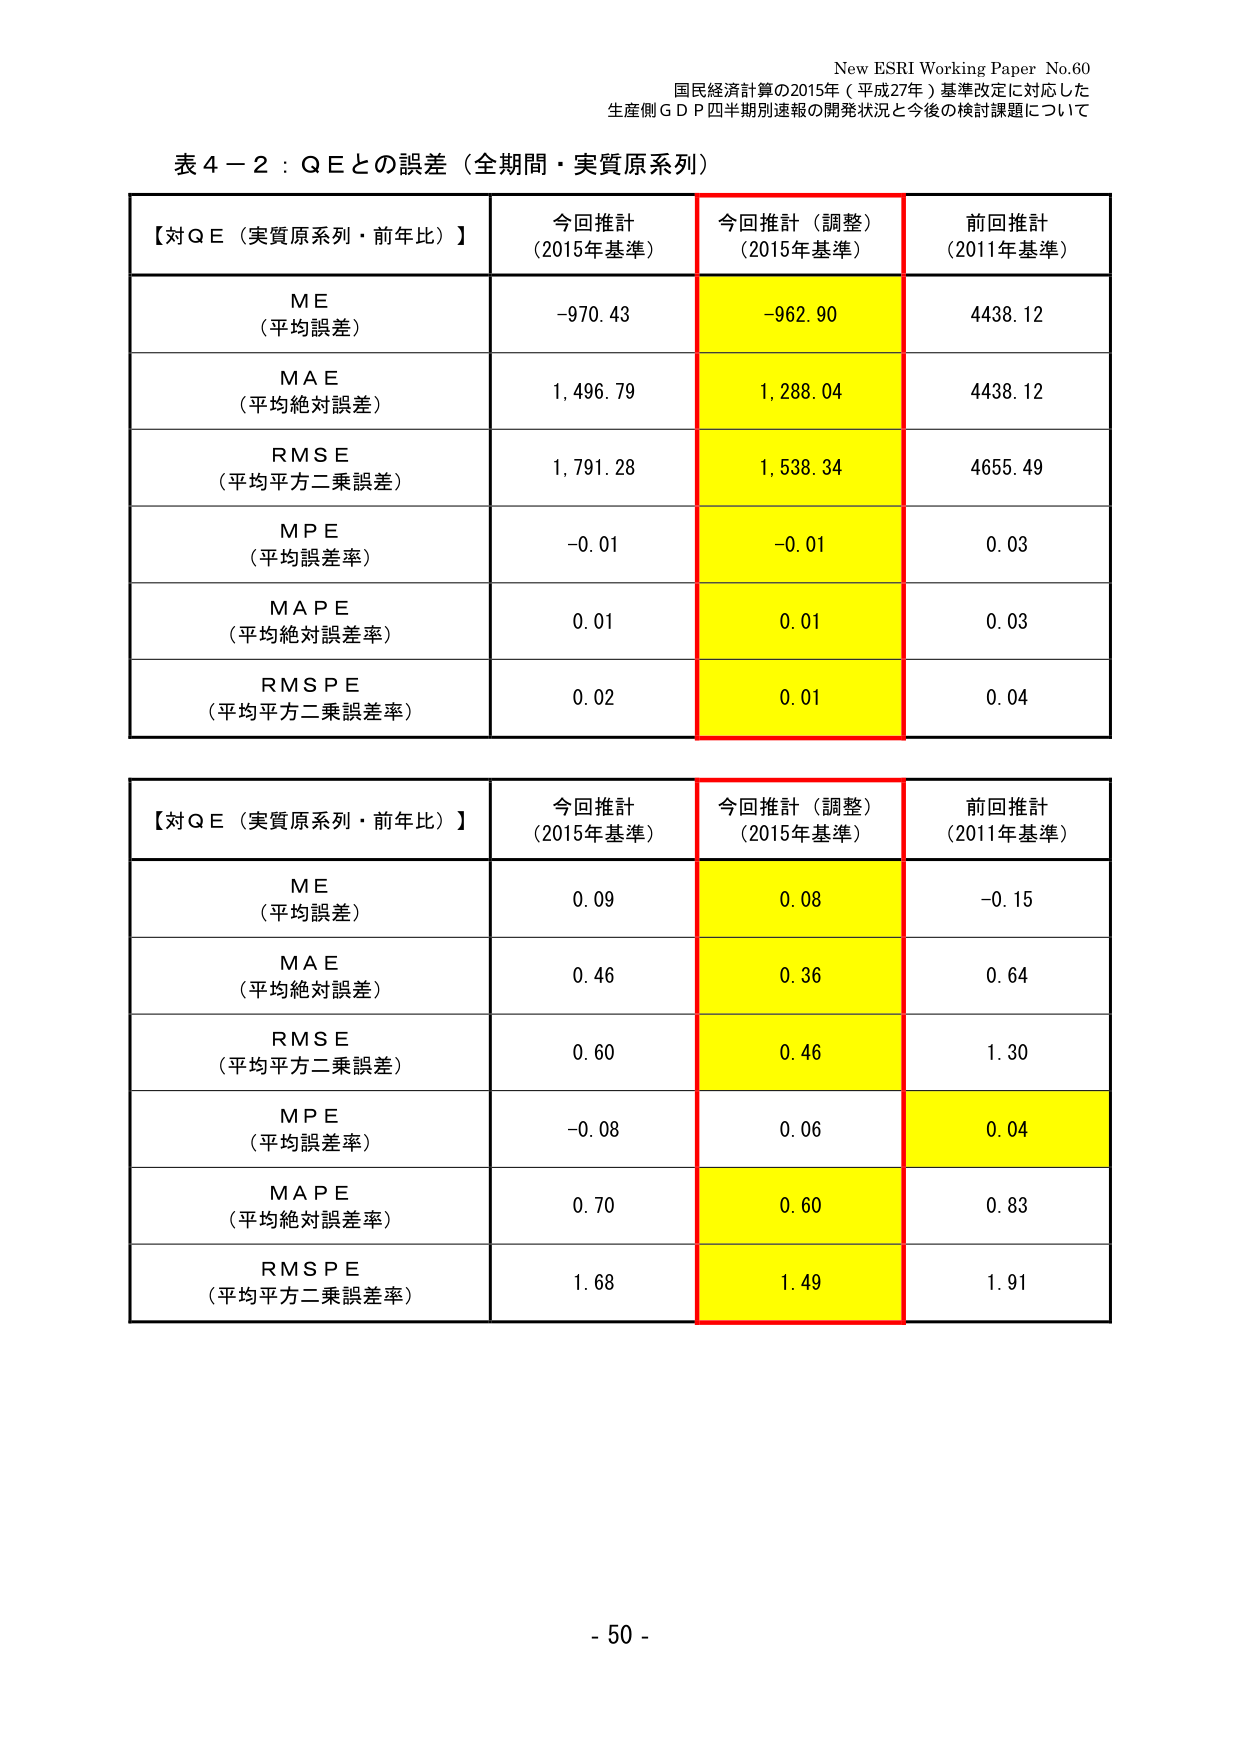
New ESRI Working Paper No.60
国民経済計算の2015年（平成27年）基準改定に対応した
生産側ＧＤＰ四半期別速報の開発状況と今後の検討課題について

表４－２：ＱＥとの誤差（全期間・実質原系列）

【対ＱＥ（実質原系列・前年比）】
今回推計
（2015年基準）
今回推計（調整）
（2015年基準）
前回推計
（2011年基準）

ＭＥ
（平均誤差）
-970.43
-962.90
4438.12

ＭＡＥ
（平均絶対誤差）
1,496.79
1,288.04
4438.12

ＲＭＳＥ
（平均平方二乗誤差）
1,791.28
1,538.34
4655.49

ＭＰＥ
（平均誤差率）
-0.01
-0.01
0.03

ＭＡＰＥ
（平均絶対誤差率）
0.01
0.01
0.03

ＲＭＳＰＥ
（平均平方二乗誤差率）
0.02
0.01
0.04

【対ＱＥ（実質原系列・前年比）】
今回推計
（2015年基準）
今回推計（調整）
（2015年基準）
前回推計
（2011年基準）

ＭＥ
（平均誤差）
0.09
0.08
-0.15

ＭＡＥ
（平均絶対誤差）
0.46
0.36
0.64

ＲＭＳＥ
（平均平方二乗誤差）
0.60
0.46
1.30

ＭＰＥ
（平均誤差率）
-0.08
0.06
0.04

ＭＡＰＥ
（平均絶対誤差率）
0.70
0.60
0.83

ＲＭＳＰＥ
（平均平方二乗誤差率）
1.68
1.49
1.91

- 50 -